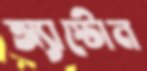
অ্যাস্টোন